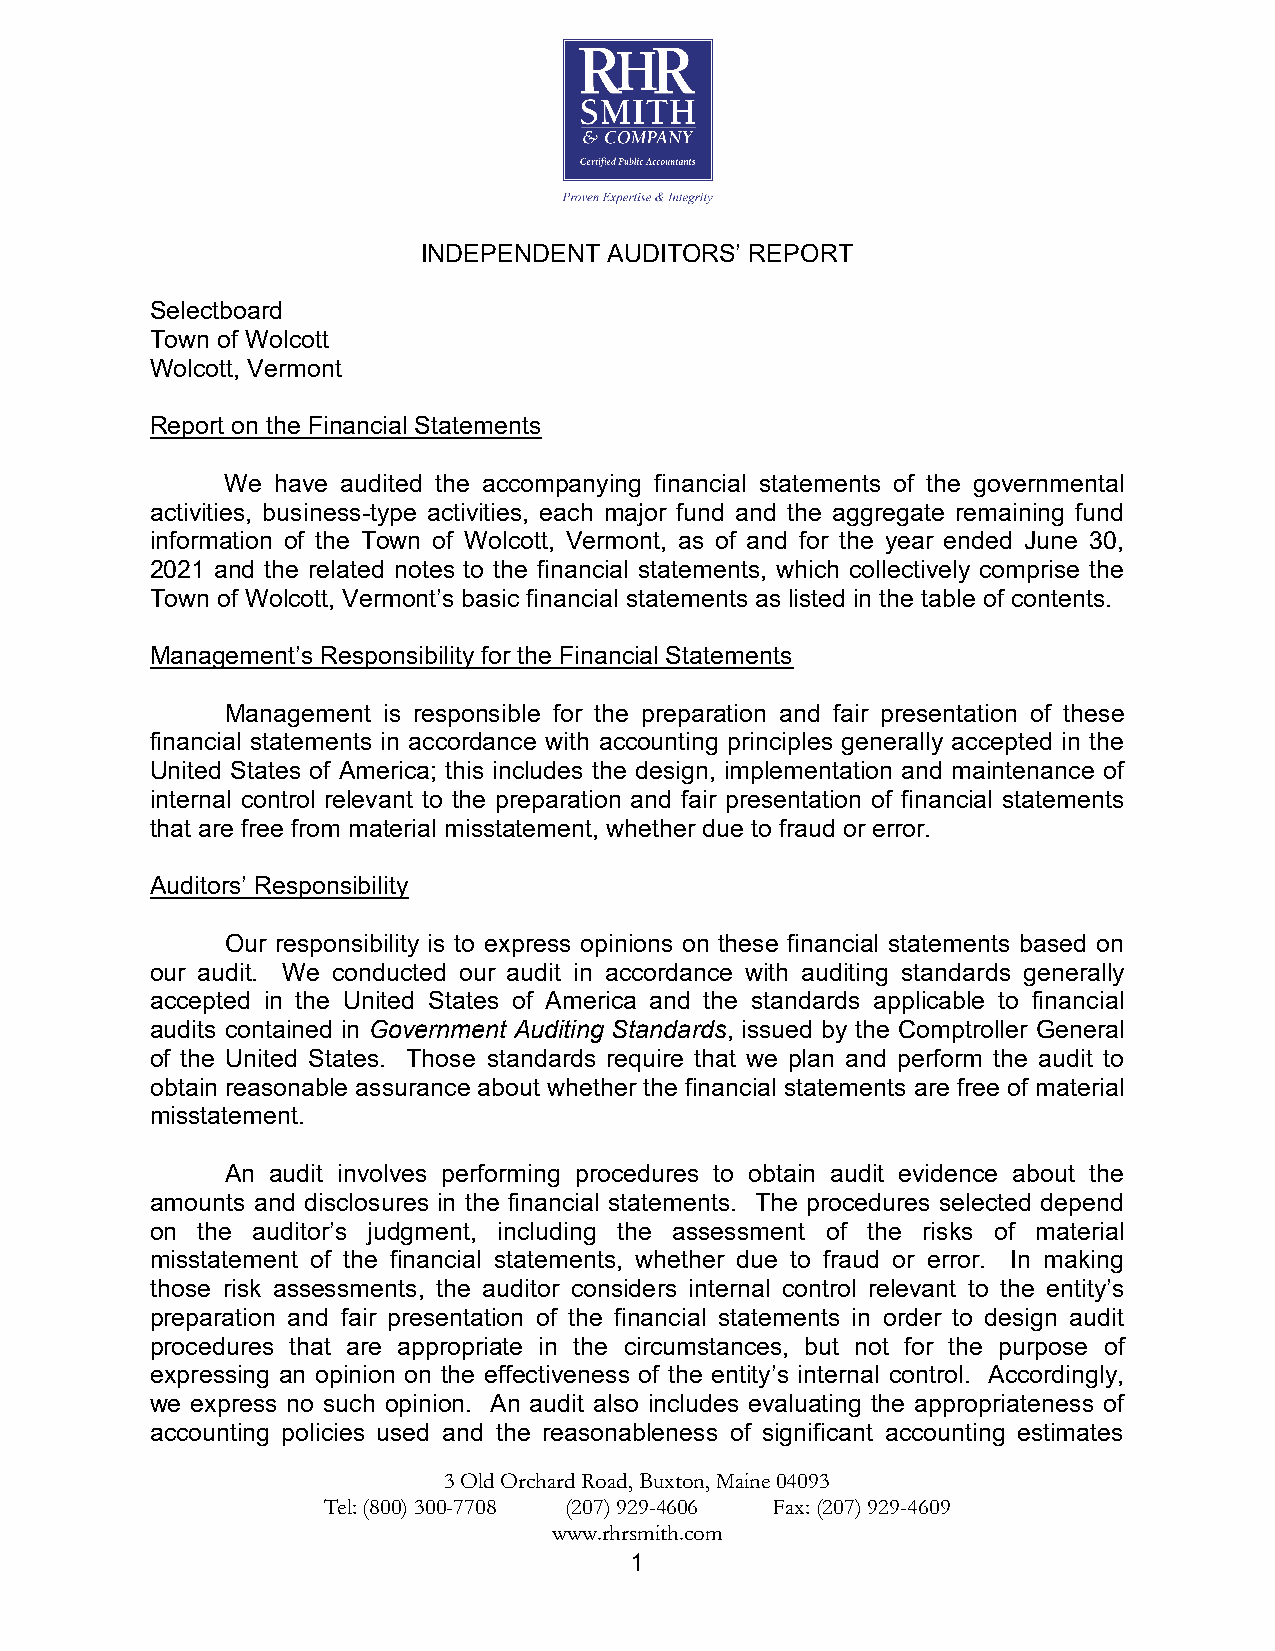
INDEPENDENT AUDITORS’ REPORT
 Selectboard
 Town of Wolcott
 Wolcott, Vermont
 Report on the Financial Statements
 We have audited the accompanying financial statements of the governmental
 activities, business-type activities, each major fund and the aggregate remaining fund
 information of the Town of Wolcott, Vermont, as of and for the year ended June 30,
 2021 and the related notes to the financial statements, which collectively comprise the
 Town of Wolcott, Vermont’s basic financial statements as listed in the table of contents.
 Management’s Responsibility for the Financial Statements
 Management is responsible for the preparation and fair presentation of these
 financial statements in accordance with accounting principles generally accepted in the
 United States of America; this includes the design, implementation and maintenance of
 internal control relevant to the preparation and fair presentation of financial statements
 that are free from material misstatement, whether due to fraud or error.
 Auditors’ Responsibility
 Our responsibility is to express opinions on these financial statements based on
 our audit. We conducted our audit in accordance with auditing standards generally
 accepted in the United States of America and the standards applicable to financial
 audits contained in Government Auditing Standards, issued by the Comptroller General
 of the United States. Those standards require that we plan and perform the audit to
 obtain reasonable assurance about whether the financial statements are free of material
 misstatement.
 An audit involves performing procedures to obtain audit evidence about the
 amounts and disclosures in the financial statements. The procedures selected depend
 on the auditor’s judgment, including the assessment of the risks of material
 misstatement of the financial statements, whether due to fraud or error. In making
 those risk assessments, the auditor considers internal control relevant to the entity’s
 preparation and fair presentation of the financial statements in order to design audit
 procedures that are appropriate in the circumstances, but not for the purpose of
 expressing an opinion on the effectiveness of the entity’s internal control. Accordingly,
 we express no such opinion. An audit also includes evaluating the appropriateness of
 accounting policies used and the reasonableness of significant accounting estimates
 3 Old Orchard Road, Buxton, Maine 04093
 Tel: (800) 300-7708 (207) 929-4606 Fax: (207) 929-4609
 www.rhrsmith.com
 1